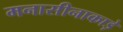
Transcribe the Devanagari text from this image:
मनासीनाकाड़े